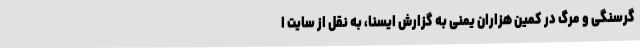
گرسنگی و مرگ در کمین هزاران یمنی به گزارش ایسنا، به نقل از سایت ا